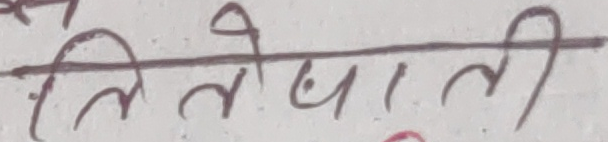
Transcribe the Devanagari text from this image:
लिलेबुलती